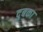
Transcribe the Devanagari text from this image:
दुबका